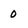
Character: 0